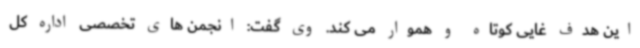
این هدف غایی کوتاه و هموار می کند. وی گفت: انجمن های تخصصی اداره کل